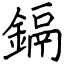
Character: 鎘